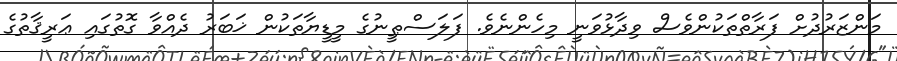
މަންޒަރުދުށް ފަރާތްތަކުންވެސް ވިދާޅުވަނީ މިހެންނެވެ. ފަލަސްޠީނުގެ މީޑީޔާތަކުން ޚަބަރު ދެއްވާ ގޮތުގައި ޢަރީޤާތުގެ